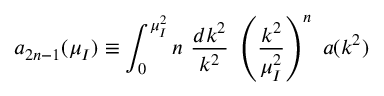
a _ { 2 n - 1 } ( \mu _ { I } ) \equiv \int _ { 0 } ^ { \mu _ { I } ^ { 2 } } n \ { \frac { d k ^ { 2 } } { k ^ { 2 } } } \ \left( { \frac { k ^ { 2 } } { \mu _ { I } ^ { 2 } } } \right) ^ { n } \ a ( k ^ { 2 } )